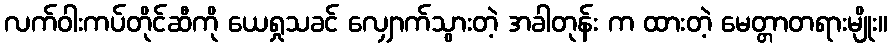
လက်ဝါးကပ်တိုင်ဆီကို ယေရှုသခင် လျှောက်သွားတဲ့ အခါတုန်း က ထားတဲ့ မေတ္တာတရားမျိုး။